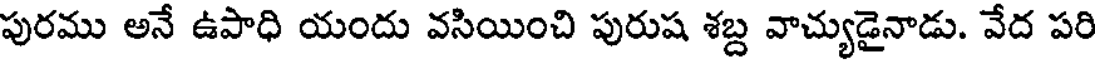
పురము అనే ఉపాధి యందు వసియించి పురుష శబ్ద వాచ్యుడైనాడు. వేద పరి